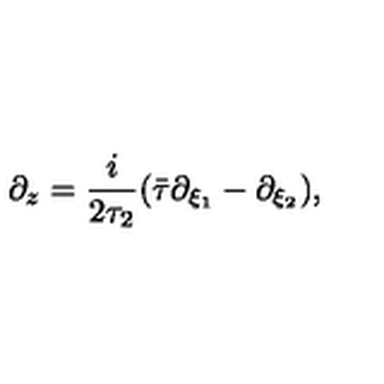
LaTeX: \partial _ { z } = \frac { i } { 2 \tau _ { 2 } } ( \bar { \tau } \partial _ { \xi _ { 1 } } - \partial _ { \xi _ { 2 } } ) ,